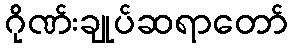
ဂိုဏ်းချုပ်ဆရာတော်